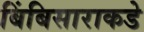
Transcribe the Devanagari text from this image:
बिंबिसाराकडे